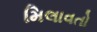
મિલાવતો